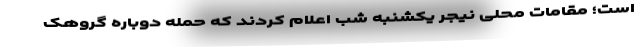
است؛ مقامات محلی نیجر یکشنبه شب اعلام کردند که حمله دوباره گروهک